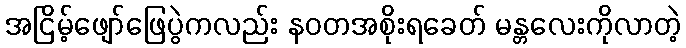
အငြိမ့်ဖျော်ဖြေပွဲကလည်း နဝတအစိုးရခေတ် မန္တလေးကိုလာတဲ့